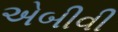
એબીવી